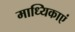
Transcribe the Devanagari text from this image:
माध्यिकाएं